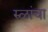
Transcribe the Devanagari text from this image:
रुळांचा